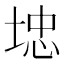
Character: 𱖽